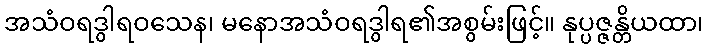
အသံဝရဒွါရဝသေန၊ မနောအသံဝရဒွါရ၏အစွမ်းဖြင့်။ နုပ္ပဇ္ဇန္တိယထာ၊